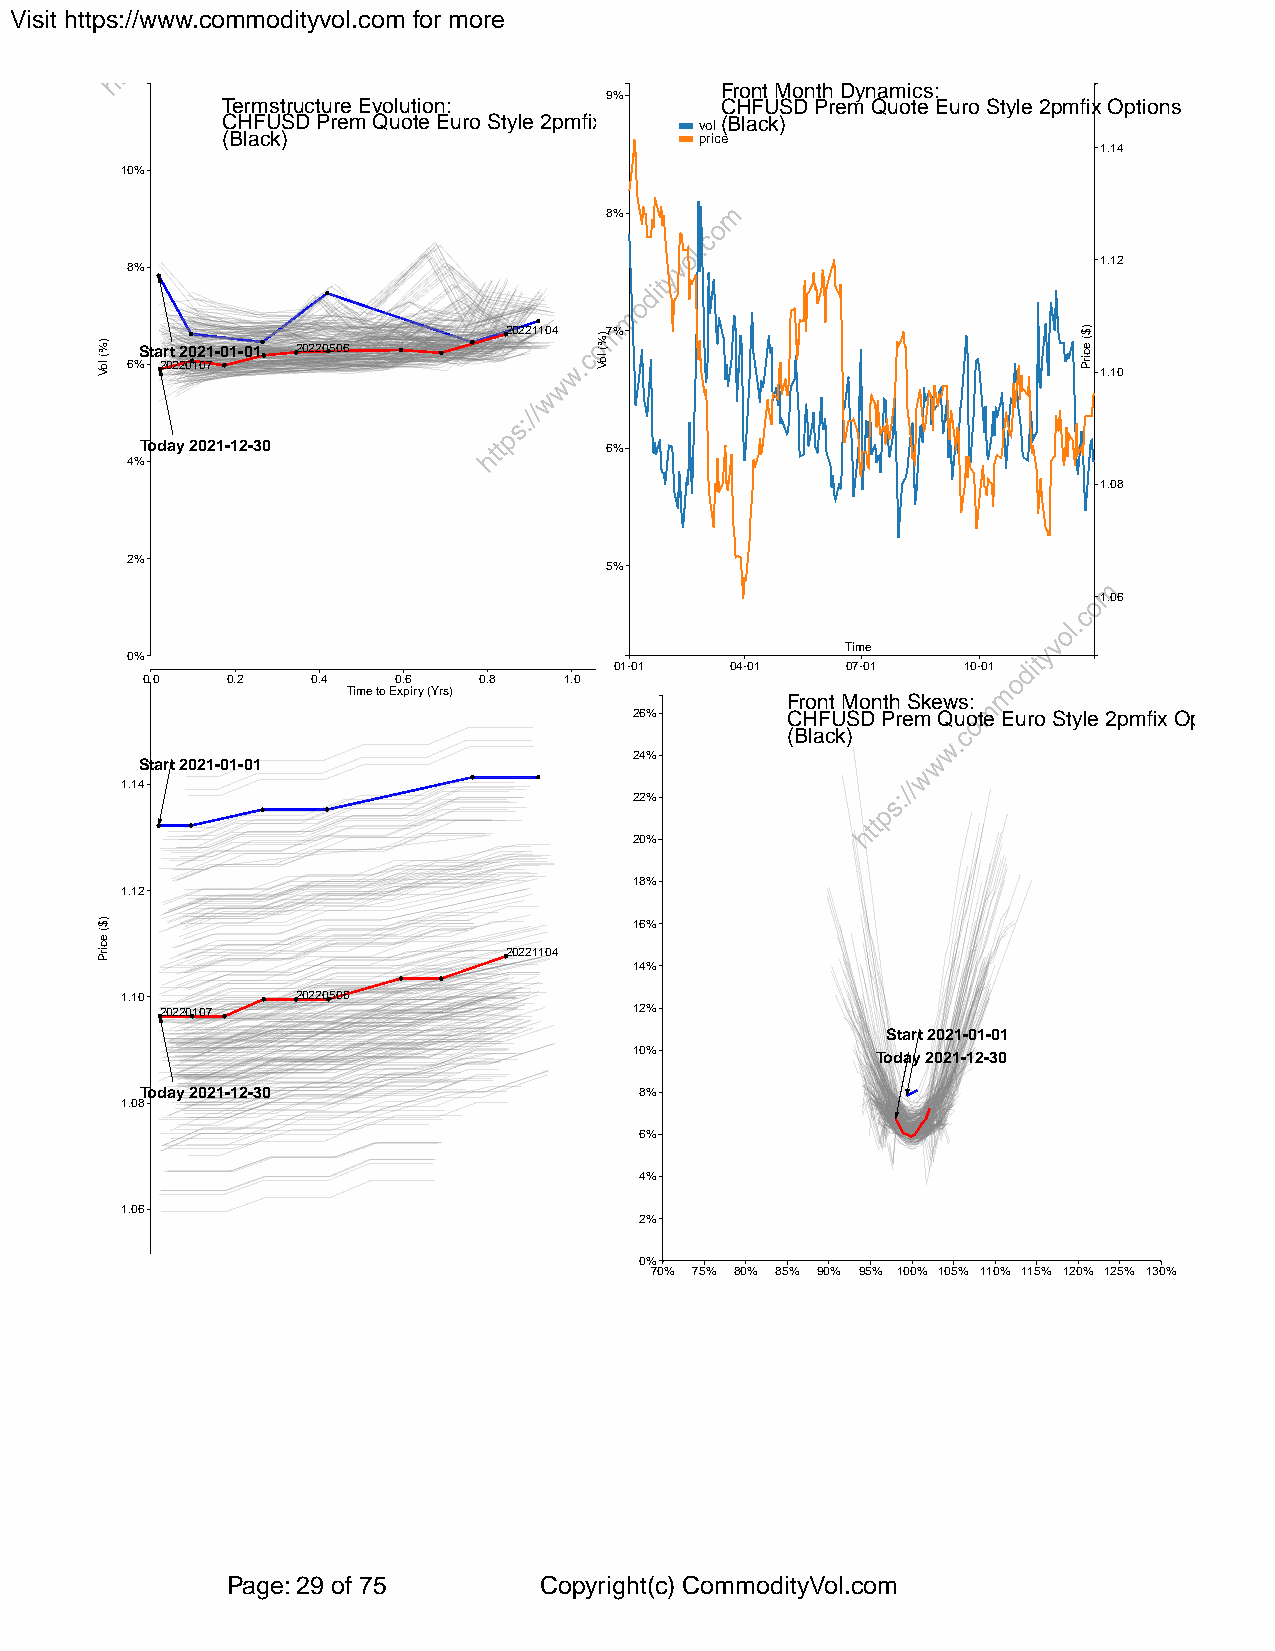
Visit https://www.commodityvol.com for more
 Front Month Dynamics:
 Termstructure Evolution: 9%      CHFUSD Prem Quote Euro Style 2pmfix Options
 CHFUSD Prem Quote Euro Style 2pmfix Options vol(Black)
 (Black)                        price
 1.14
 10%
 8%
 1.12
 8%
 20221104 7%
 Start 2021-01-01 20220506
 6% 20220107
 1.10
 Today 2021-12-30               6%
 4%
 1.08
 2%
 5%
 1.06
 Time
 0%
 01-01  04-01   07-01   10-01
 0.0   0.2   0.4  0.6   0.8  1.0
 Time to Expiry (Yrs)
 Front Month Skews:
 26%       CHFUSD Prem Quote Euro Style 2pmfix Options
 (Black)
 24%
 Start 2021-01-01
 1.14
 22%
 20%
 18%
 1.12
 16%
 20221104
 14%
 1.10        20220506
 20220107                       12%
 Start 2021-01-01
 10%             Today 2021-12-30
 Today 2021-12-30                 8%
 1.08
 6%
 4%
 1.06
 2%
 0%
 70% 75% 80% 85% 90% 95% 100% 105% 110% 115% 120% 125% 130%
 Page: 29 of 75       Copyright(c) CommodityVol.com
 )%(
 loV
 )$(
 ecirP
 )%(
 loV
 )$(
 ecirP